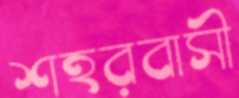
শহরবাসী